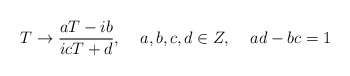
\begin{align*}T\rightarrow \frac{aT-ib}{icT+d},\;\;\;\;a,b,c,d\in Z,\;\;\;\;ad-bc=1\end{align*}